Indian journal of veterinary science and animal husbandry - Volume 8,
Year: 1938
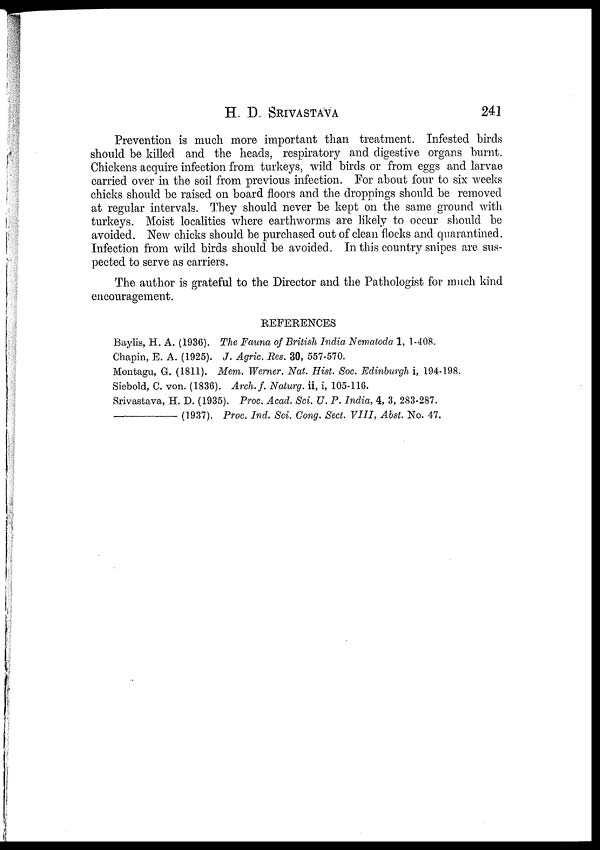
H. D.
SRIVASTAVA
241
Prevention is much more important than treatment. Infested birds
should be killed and the heads, respiratory and digestive organs burnt.
Chickens acquire infection from turkeys, wild birds or from eggs and larvae
carried over in the soil from previous infection. For about four to six weeks
chicks should be raised on board floors and the droppings should be removed
at regular intervals. They should never be kept on the same ground with
turkeys. Moist localities where earthworms are likely to occur should be
avoided. New chicks should be purchased out of clean flocks and quarantined.
Infection from wild birds should be avoided. In this country snipes are sus-
pected to serve as carriers.
The author is grateful to the Director and the Pathologist for much kind
encouragement.
REFERENCES
Baylis, H. A. (1936). The Fauna of British India Nematoda 1, 1-408.
Chapin, E. A. (1925). J. Agric. Res. 30, 557-570.
Montagu, G. (1811). Mem. Werner. Nat. Hist. Soc. Edinburgh i, 194-198.
Siebold, C. von. (1836). Arch.f. Naturg. ii, i, 105-116.
Srivastava, H. D. (1935). Proc. Acad. Sci. U. P. India, 4, 3, 283-287.
—(1937).
Proc. Ind. Sci. Cong. Sect. VIII, Abst. No. 47.